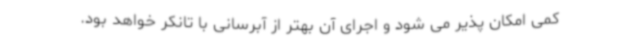
کمی امکان پذیر می شود و اجرای آن بهتر از آبرسانی با تانکر خواهد بود.